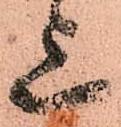
上